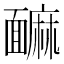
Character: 䩋